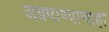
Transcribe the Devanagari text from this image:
अन्नपाण्याचाही